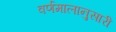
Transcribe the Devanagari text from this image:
वर्णमालानुसारी